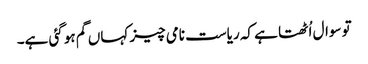
تو سوال اُٹھتا ہے کہ ریاست نامی چیز کہاں گم ہو گئی ہے۔